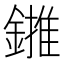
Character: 𨫻